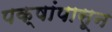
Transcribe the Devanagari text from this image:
पक्षांपासून